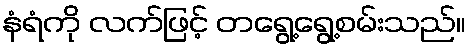
နံရံကို လက်ဖြင့် တရွေ့ရွေ့စမ်းသည်။